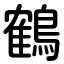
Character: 鶴